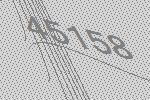
45158